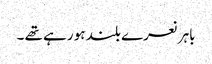
باہر نعرے بلند ہو رہے تھے ۔